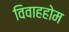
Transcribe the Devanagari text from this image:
विवाहहोम